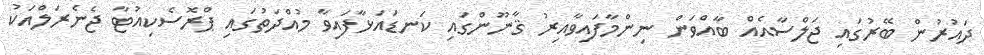
ދައުރުން ބޭރުގައި ޖަލްސާއެއް ބާއްވަން ނިންމާފައިވާއިރު ޤާނޫންގައި ކަނޑައަޅާފައިވާ މުއްދަތުގައި ޕްރޮސެކިއުޓާ ޖެނެރަލްއަކު